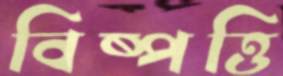
বিষ্পত্তি